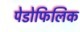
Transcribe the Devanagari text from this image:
पेडोफिलिक